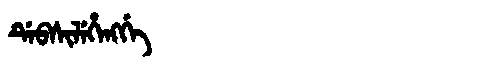
Manchu: ᡩᡝᠪᠰᡳᠯᡝᡥᡝᠩᡤᡝ
Romanization: DEBSILEHENGGE